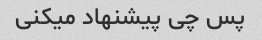
پس چی پیشنهاد میکنی